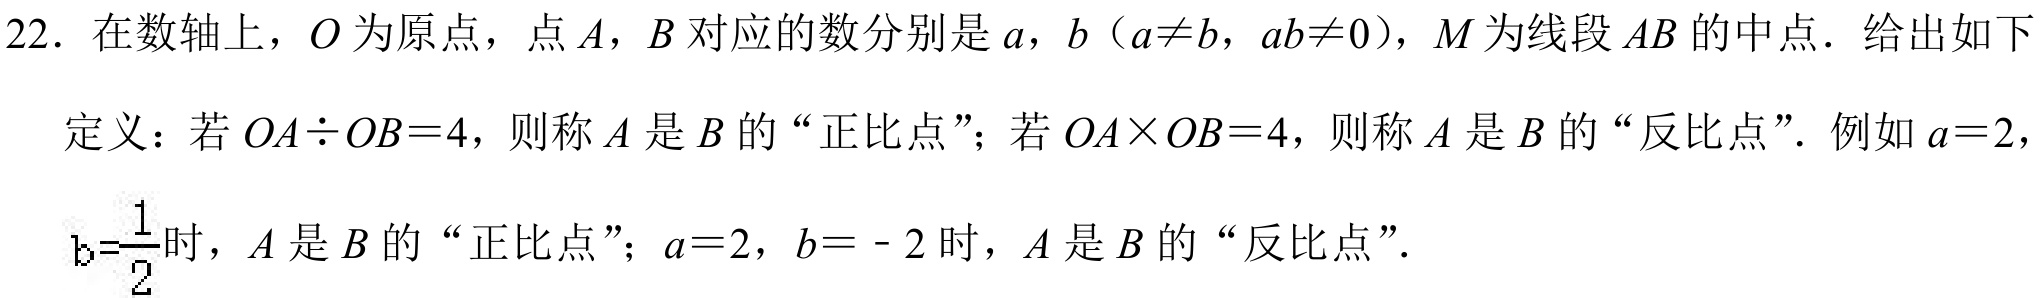
22. 在数轴上，\(O\)为原点，点\(A\)，\(B\)对应的数分别是\(a\)，\(b\)（\(a\neq b\)，\(ab\neq0\)），\(M\)为线段\(AB\)的中点．给出如下
定义：若\(OA\div OB = 4\)，则称\(A\)是\(B\)的“正比点”；若\(OA\times OB = 4\)，则称\(A\)是\(B\)的“反比点”．例如\(a = 2\)，
\(b=\frac{1}{2}\)时，\(A\)是\(B\)的“正比点”；\(a = 2\)，\(b = - 2\)时，\(A\)是\(B\)的“反比点”．